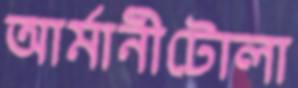
আর্মানীটোলা